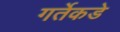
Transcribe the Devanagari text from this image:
गर्तेकडे